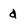
Character: d